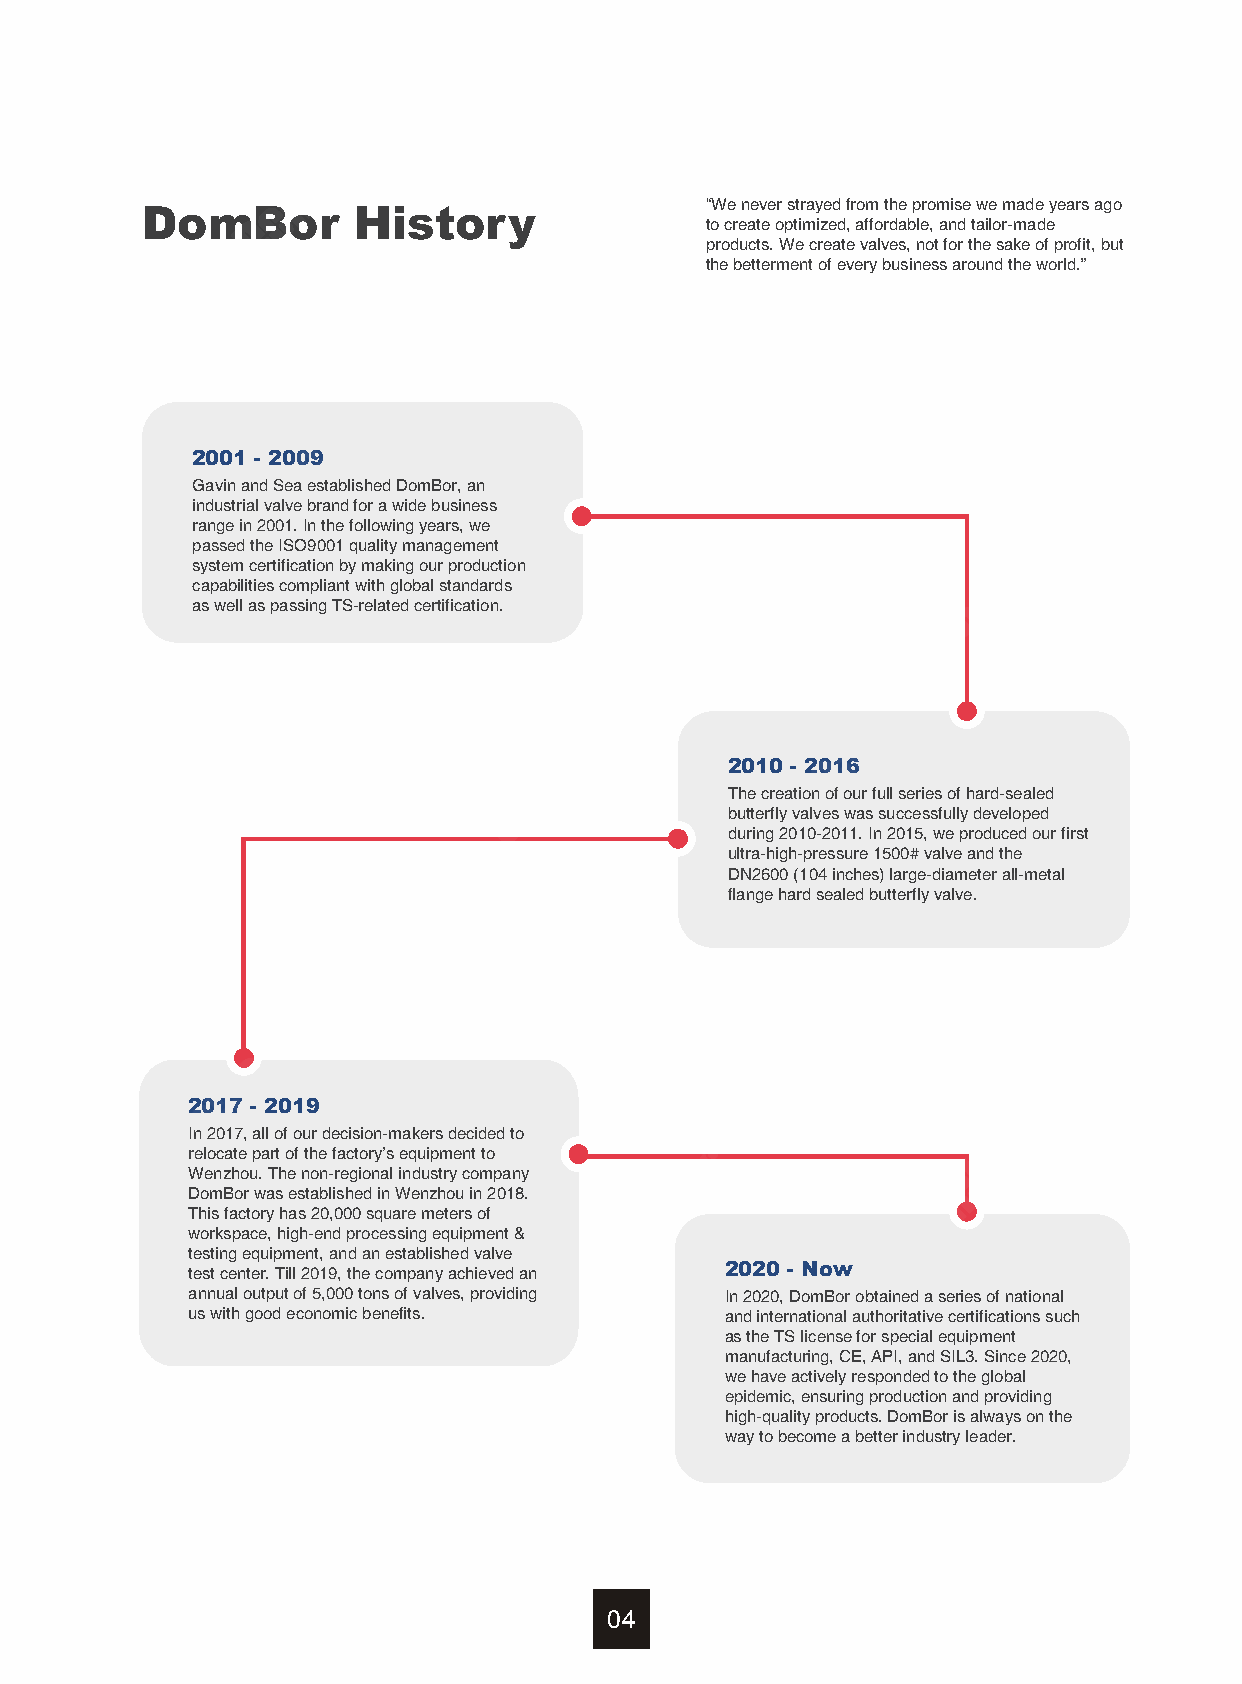
“We never strayed from the promise we made years ago
 DomBor        History
 to create optimized, affordable, and tailor-made
 products. We create valves, not for the sake of profit, but
 the betterment of every business around the world.”
 2001 - 2009
 Gavin and Sea established DomBor, an
 industrial valve brand for a wide business
 range in 2001. In the following years, we
 passed the ISO9001 quality management
 system certification by making our production
 capabilities compliant with global standards
 as well as passing TS-related certification.
 2010 - 2016
 The creation of our full series of hard-sealed
 butterfly valves was successfully developed
 during 2010-2011. In 2015, we produced our first
 ultra-high-pressure 1500# valve and the
 DN2600 (104 inches) large-diameter all-metal
 flange hard sealed butterfly valve.
 2017 - 2019
 In 2017, all of our decision-makers decided to
 relocate part of the factory’s equipment to
 Wenzhou. The non-regional industry company
 DomBor was established in Wenzhou in 2018.
 This factory has 20,000 square meters of
 workspace, high-end processing equipment &
 testing equipment, and an established valve
 test center. Till 2019, the company achieved an 2020 - Now
 annual output of 5,000 tons of valves, providing In 2020, DomBor obtained a series of national
 us with good economic benefits.     and international authoritative certifications such
 as the TS license for special equipment
 manufacturing, CE, API, and SIL3. Since 2020,
 we have actively responded to the global
 epidemic, ensuring production and providing
 high-quality products. DomBor is always on the
 way to become a better industry leader.
 04